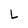
Character: L